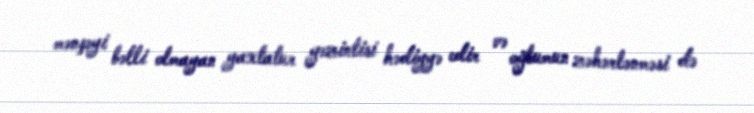
mənşəyi bəlli olmayan yaxtatur gəzintisi hədiyyə edir və oğlumun zəhərlənməsi də